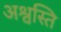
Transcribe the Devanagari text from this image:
अश्वस्ति